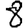
Digit: 8